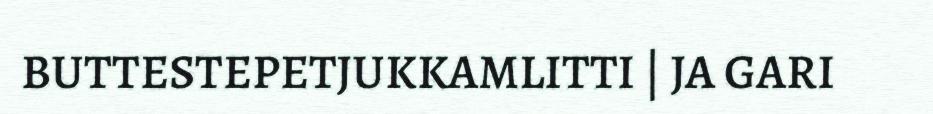
BUTTESTEPETJUKKAMLITTI | JA GARI